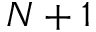
N + 1